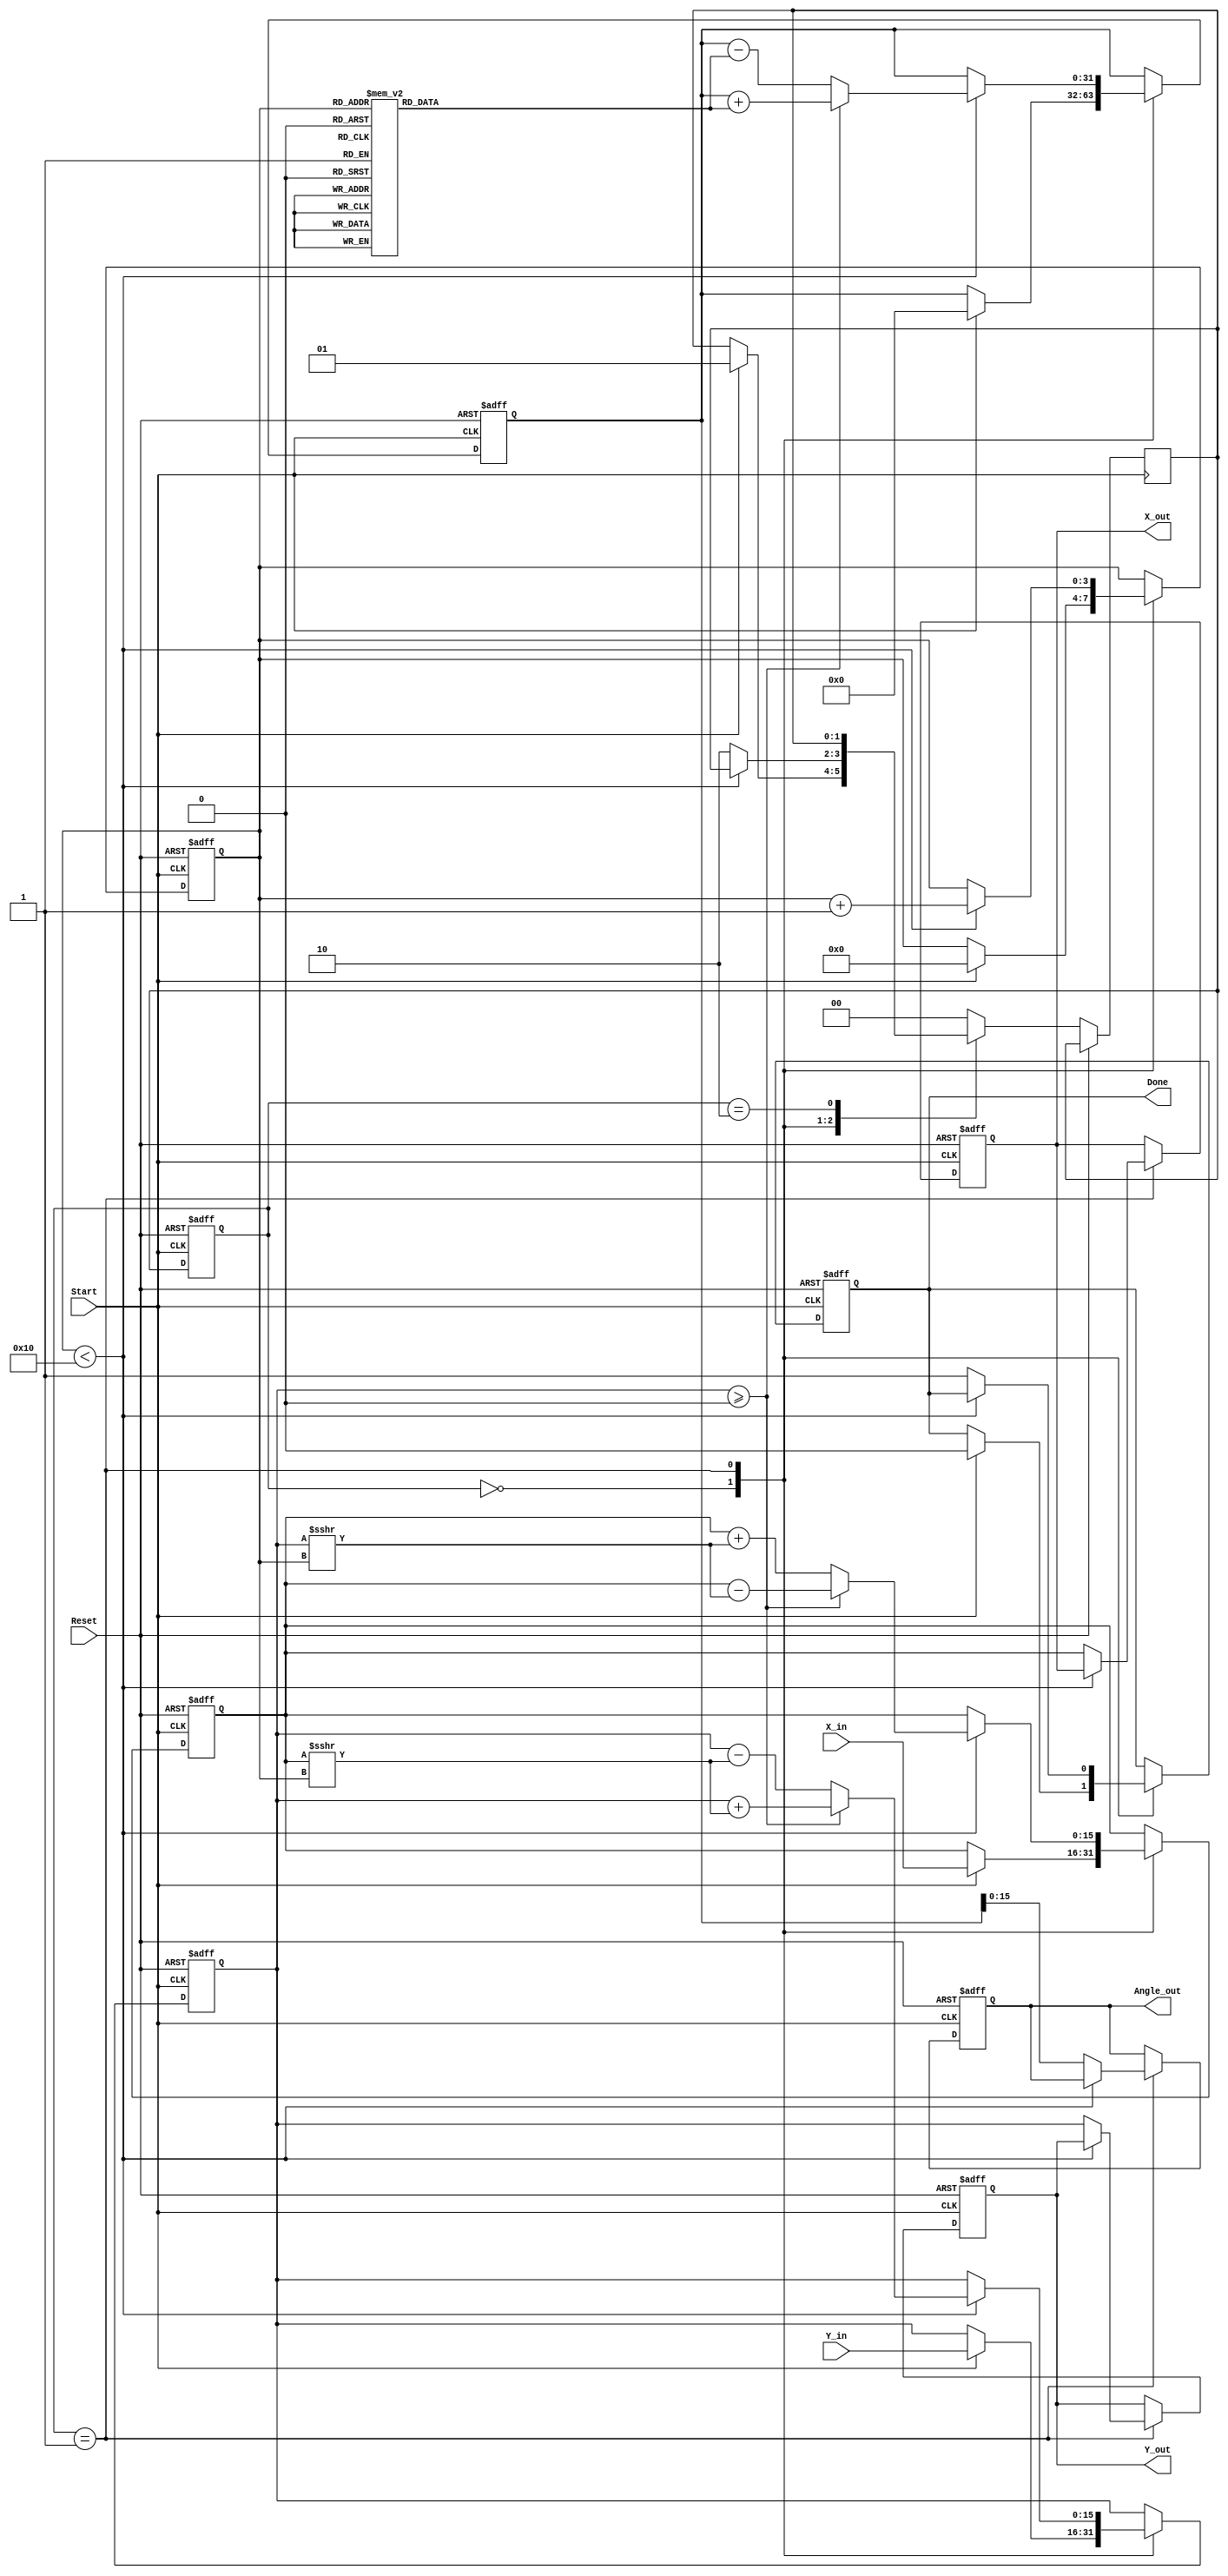
module vectoring_cordic (
    input wire signed [15:0] X_in,      // Input x-coordinate
    input wire signed [15:0] Y_in,      // Input y-coordinate
    input wire Start,                   // Start signal
    input wire Reset,                   // Asynchronous reset
    output reg signed [15:0] Angle_out, // Output angle
    output reg signed [15:0] X_out,     // Final x-coordinate
    output reg signed [15:0] Y_out,     // Final y-coordinate
    output reg Done                     // Completion signal
);

    // Internal registers
    reg signed [15:0] X_reg;
    reg signed [15:0] Y_reg;
    reg signed [31:0] Angle_reg; // Use wider register for angle accumulation
    reg [3:0] Iteration_count;   // Counter for iterations
    reg [1:0] state;             // FSM state
    reg [1:0] next_state;        // Next state for FSM

    // CORDIC angle lookup table (atan(2^-i) in fixed-point representation)
    reg signed [31:0] atan_table [0:15];
    initial begin
        atan_table[0] = 32'h00000000; // atan(1) = 0
        atan_table[1] = 32'h0000003F; // atan(1/2) = 0.4636
        atan_table[2] = 32'h00000020; // atan(1/4) = 0.2449
        atan_table[3] = 32'h00000014; // atan(1/8) = 0.1244
        atan_table[4] = 32'h0000000A; // atan(1/16) = 0.0624
        atan_table[5] = 32'h00000005; // atan(1/32) = 0.0312
        atan_table[6] = 32'h00000003; // atan(1/64) = 0.0156
        atan_table[7] = 32'h00000002; // atan(1/128) = 0.0078
        atan_table[8] = 32'h00000001; // atan(1/256) = 0.0039
        atan_table[9] = 32'h00000001; // atan(1/512) = 0.0019
        atan_table[10] = 32'h00000000; // atan(1/1024) = 0.00098
        atan_table[11] = 32'h00000000; // atan(1/2048) = 0.00049
        atan_table[12] = 32'h00000000; // atan(1/4096) = 0.00024
        atan_table[13] = 32'h00000000; // atan(1/8192) = 0.00012
        atan_table[14] = 32'h00000000; // atan(1/16384) = 0.00006
        atan_table[15] = 32'h00000000; // atan(1/32768) = 0.00003
    end

    // FSM states
    localparam IDLE = 2'b00;
    localparam COMPUTE = 2'b01;
    localparam DONE = 2'b10;

    // State transition logic
    always @(posedge Start or posedge Reset) begin
        if (Reset) begin
            state <= IDLE;
        end else begin
            state <= next_state;
        end
    end

    // Next state logic and computation
    always @(posedge Start or posedge Reset) begin
        if (Reset) begin
            X_reg <= 0;
            Y_reg <= 0;
            Angle_reg <= 0;
            Iteration_count <= 0;
            Done <= 0;
            Angle_out <= 0;
            X_out <= 0;
            Y_out <= 0;
        end else begin
            case (state)
                IDLE: begin
                    if (Start) begin
                        X_reg <= X_in;
                        Y_reg <= Y_in;
                        Angle_reg <= 0;
                        Iteration_count <= 0;
                        Done <= 0;
                        next_state <= COMPUTE;
                    end
                end

                COMPUTE: begin
                    if (Iteration_count < 16) begin
                        if (Y_reg >= 0) begin
                            // Rotate clockwise
                            X_reg <= X_reg - (Y_reg >>> Iteration_count);
                            Y_reg <= Y_reg + (X_reg >>> Iteration_count);
                            Angle_reg <= Angle_reg + atan_table[Iteration_count];
                        end else begin
                            // Rotate counterclockwise
                            X_reg <= X_reg + (Y_reg >>> Iteration_count);
                            Y_reg <= Y_reg - (X_reg >>> Iteration_count);
                            Angle_reg <= Angle_reg - atan_table[Iteration_count];
                        end
                        Iteration_count <= Iteration_count + 1;
                    end else begin
                        // Finished all iterations
                        X_out <= X_reg;
                        Y_out <= Y_reg;
                        Angle_out <= Angle_reg[15:0]; // Output lower 16 bits of angle
                        Done <= 1;
                        next_state <= DONE;
                    end
                end

                DONE: begin
                    // Stay in DONE state until reset
                    if (Reset) begin
                        next_state <= IDLE;
                    end
                end

                default: next_state <= IDLE;
            endcase
        end
    end

endmodule